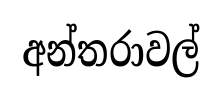
අන්තරාවල්